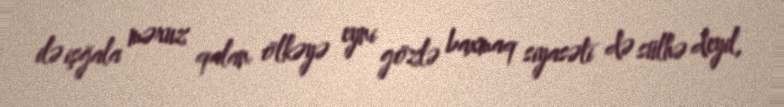
ilə işğala məruz qalan ölkəyə eyni gözlə baxmaq siyasəti də sülhə deyil,